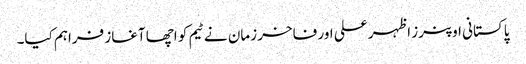
پاکستانی اوپنرز اظہر علی اور فاخر زمان نے ٹیم کو اچھا آغاز فراہم کیا۔